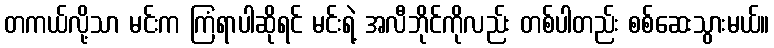
တကယ်လို့သာ မင်းက ကြံရာပါဆိုရင် မင်းရဲ့ အလီဘိုင်ကိုလည်း တစ်ပါတည်း စစ်ဆေးသွားမယ်။